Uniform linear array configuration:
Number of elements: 32
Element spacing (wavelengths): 0.25
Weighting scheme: uniform
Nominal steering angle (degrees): -15
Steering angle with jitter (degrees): -13.163
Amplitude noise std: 0.05
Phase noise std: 0.05

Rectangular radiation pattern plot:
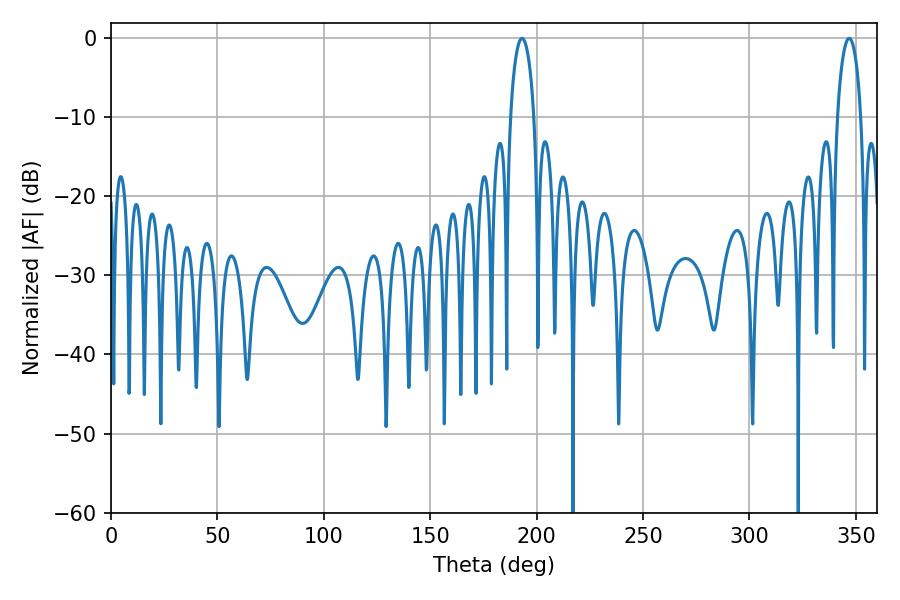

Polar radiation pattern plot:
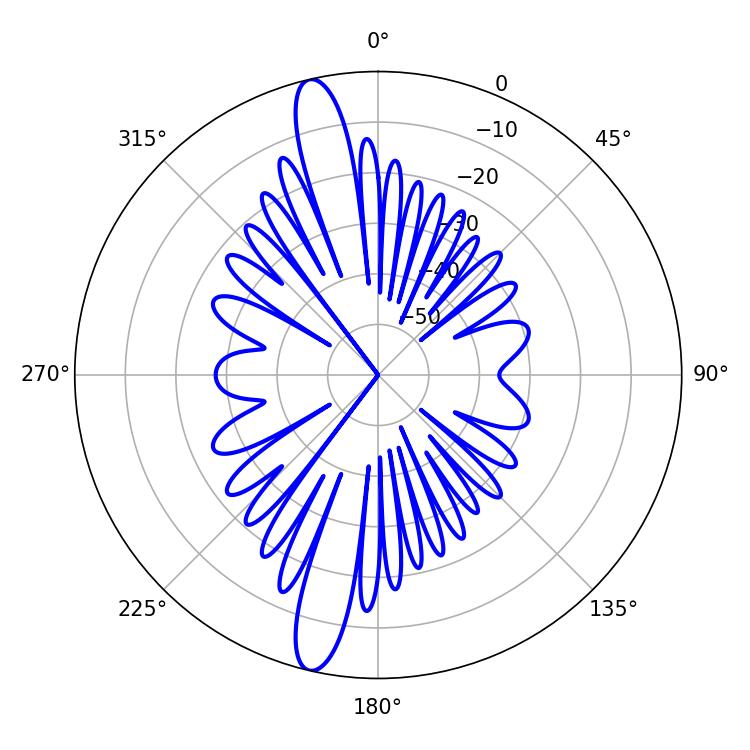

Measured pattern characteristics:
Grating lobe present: FALSE
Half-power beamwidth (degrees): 6.3
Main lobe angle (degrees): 193.14